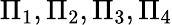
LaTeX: \Pi_{1},\Pi_{2},\Pi_{3},\Pi_{4}